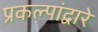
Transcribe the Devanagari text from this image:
प्रकल्पांद्वारे